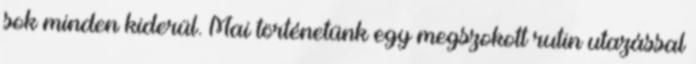
sok minden kiderül. Mai történetünk egy megszokott rutin utazással